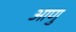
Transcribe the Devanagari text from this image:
आणु